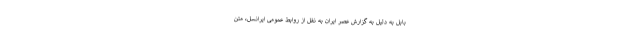
بابل به دلیل به گزارش عصر ایران به نقل از روابط عمومی ایرانسل، متن